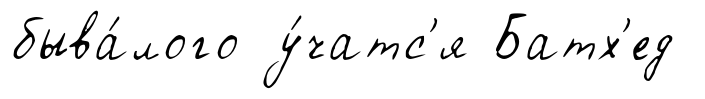
быва́лого у́чатс'я Батх'ед